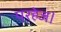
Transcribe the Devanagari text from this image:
परहेज।